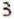
3